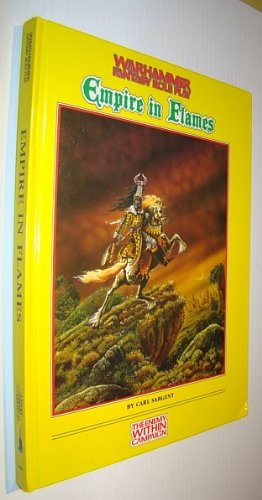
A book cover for Empire in Flames Warhammer Fantasy Roleplay; Carl Sargent; Science Fiction & Fantasy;